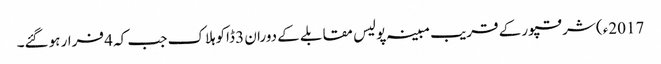
2017ء) شرقپور کے قریب مبینہ پولیس مقابلے کے دوران 3 ڈاکوہلاک جب کہ 4 فرار ہوگئے۔